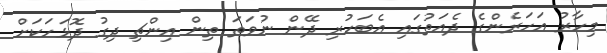
މިހާރު އަހަރެންގެ ދެއަތުގައި އެބަހުރި ދޭން ނުވަތަ ތިން އިންޗި ދިގު ދޮޅަހަކަށް